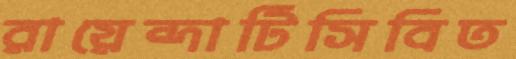
রায়েন্দাটিসিবিত